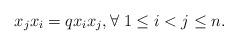
LaTeX: \begin{align*}x_j x_i =q x_i x_j, \forall \; 1\leq i< j\leq n.\end{align*}